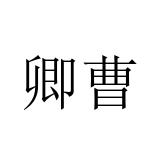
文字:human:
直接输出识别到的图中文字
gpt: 卿曹